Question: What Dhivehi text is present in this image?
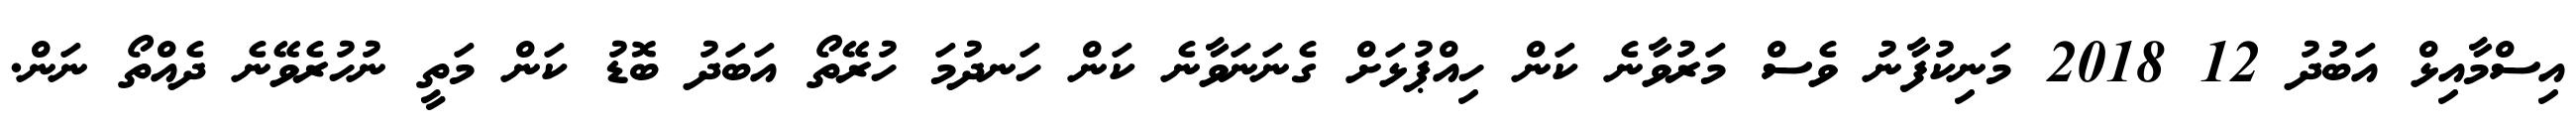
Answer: އިސްމާއިޅް އަބުދު 12 2018 މަނިކުފާނު ވެސް މަރުވާނެ ކަން ހިއްޕުޅަށް ގެނަނަވާނެ ކަން ހަނދުމަ ހުރޭތޯ އަބަދު ބޮޑު ކަން މަތީ ނުހުރެވޭނެ ދެއްތޯ ނަން.